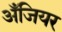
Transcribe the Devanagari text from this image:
अँजियर